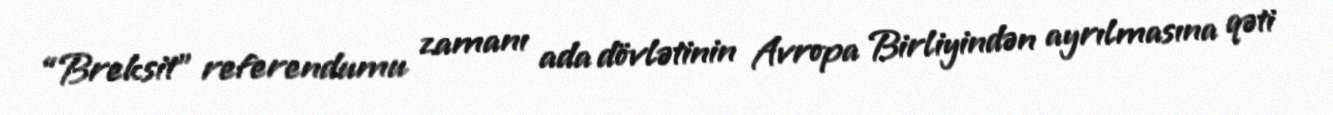
“Breksit” referendumu zamanı ada dövlətinin Avropa Birliyindən ayrılmasına qəti